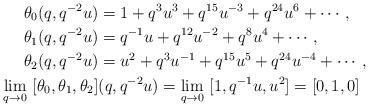
LaTeX: \begin{align*}\theta_{0}(q,q^{-2}u)&=1+q^3u^3+q^{15}u^{-3}+q^{24}u^{6}+\cdots,\\\theta_{1}(q,q^{-2}u)&=q^{-1}u+q^{12}u^{-2}+q^{8}u^4+\cdots,\\\theta_{2}(q,q^{-2}u)&=u^2+q^3u^{-1}+q^{15}u^{5}+q^{24}u^{-4}+\cdots,\\ \lim_{q\to 0}\ [\theta_0,\theta_1,\theta_2]&(q,q^{-2}u)=\lim_{q\to 0}\ [1,q^{-1}u,u^2]=[0,1,0]\end{align*}